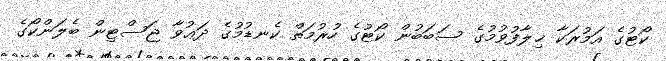
ކޯޓުގެ އަމުރަކާ ޚިލާފުވުމުގެ ސަބަބުން ކޯޓުގެ ހުރުމަތް ކެނޑުމުގެ ދަޢުވާ ޖަސްޓިން ބެލަންކޯގެ